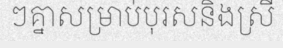
ៗគ្នាសម្រាប់បុរសនិងស្រី